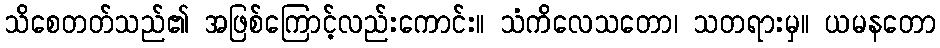
သိစေတတ်သည်၏ အဖြစ်ကြောင့်လည်းကောင်း။ သံကိလေသတော၊ သတရားမှ။ ယမနတော